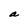
Character: a